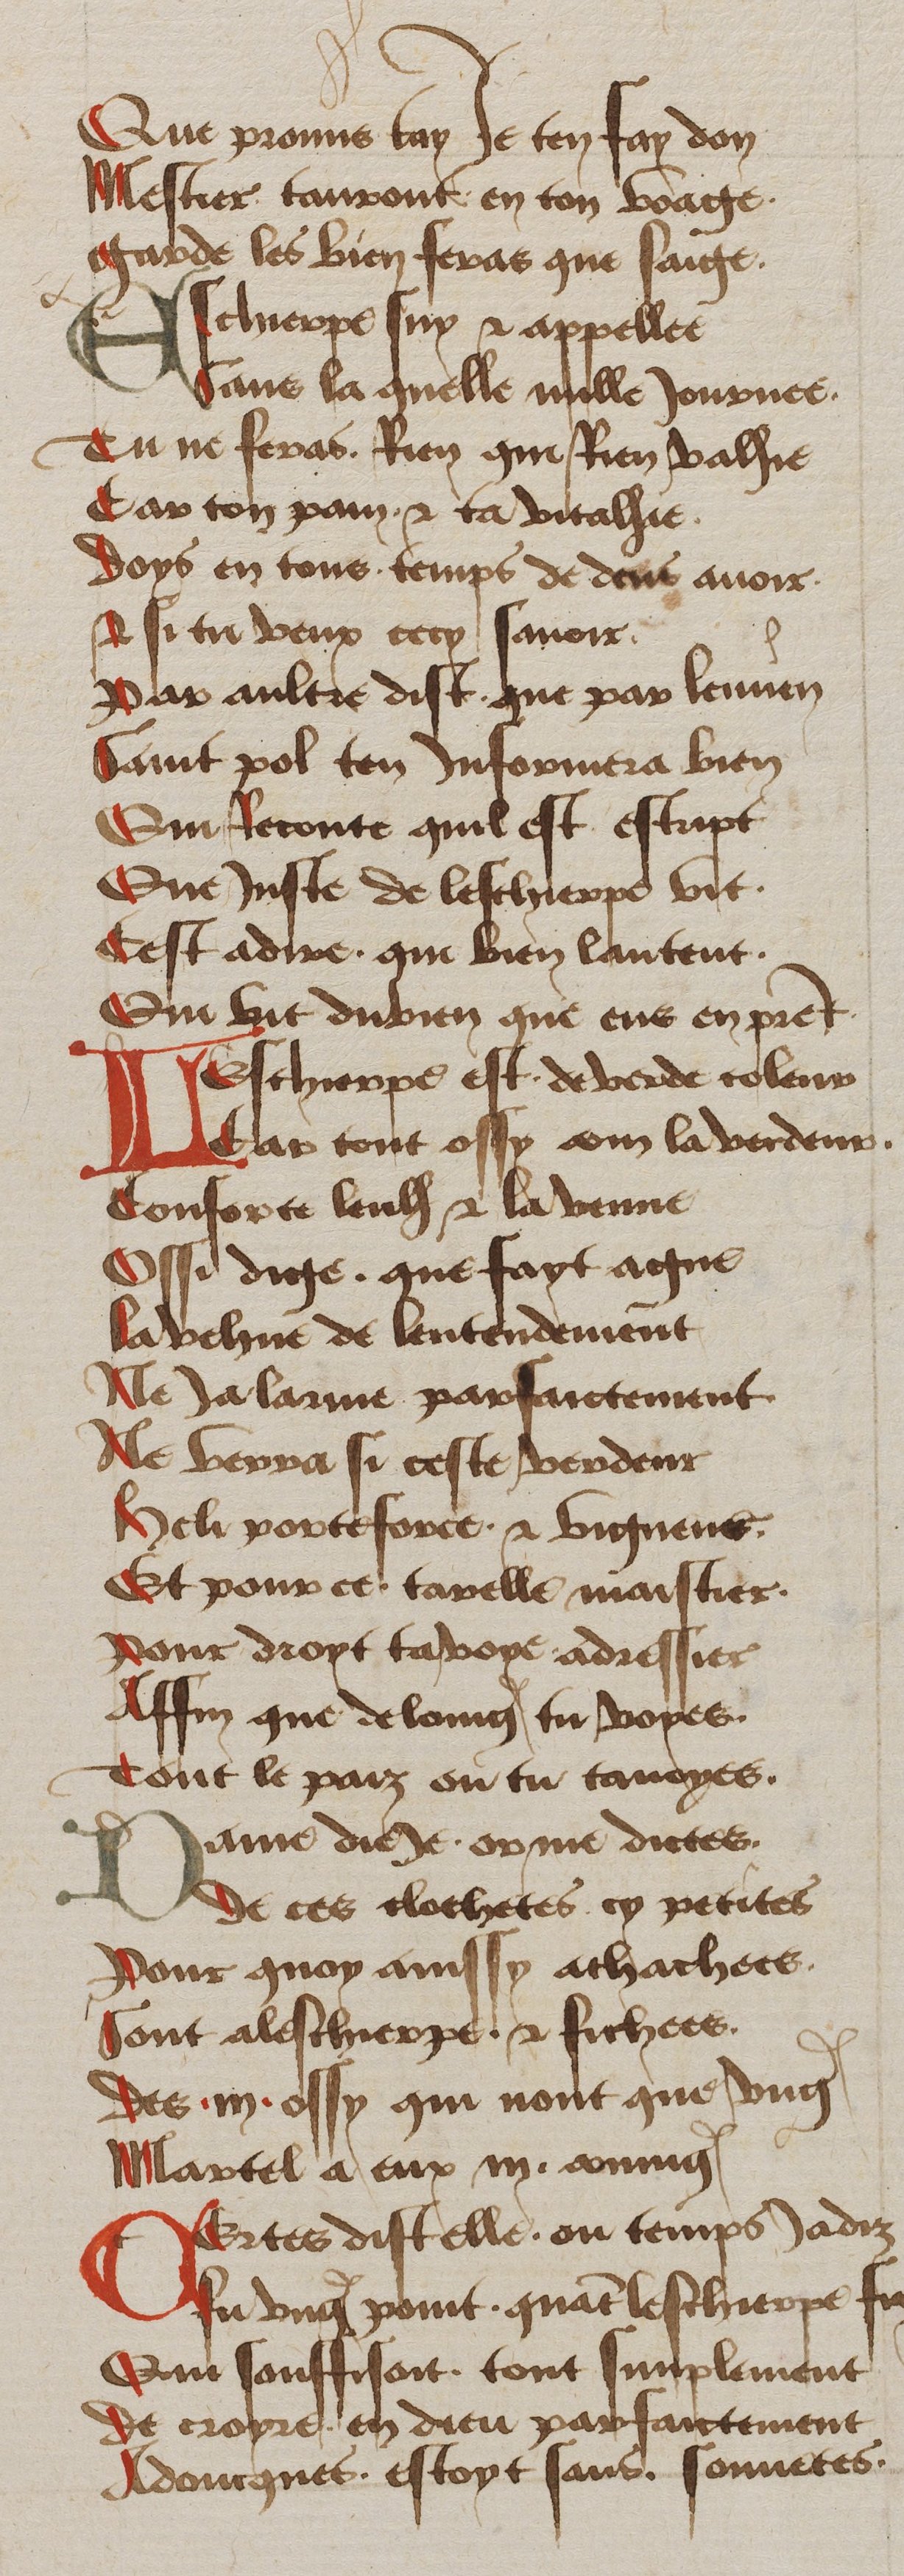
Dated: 1450–1499